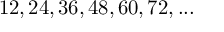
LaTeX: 1 2 , 2 4 , 3 6 , 4 8 , 6 0 , 7 2 , . . .